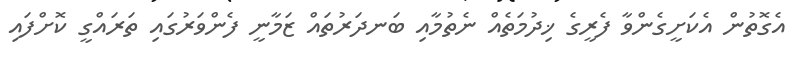
އެގޮތުން އެކަށީގެންވާ ފެރީގެ ޚިދުމަތެއް ނެތުމާއި ބަނދަރުތައް ޒަމާނީ ފެންވަރުގައި ތަރައްގީ ކޮށްފައި